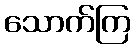
သောက်ကြ